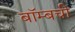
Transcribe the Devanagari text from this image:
बॉम्बची